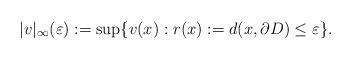
LaTeX: \begin{align*} |v| _{\infty}(\varepsilon ):=\sup\{v(x): r(x):=d(x,\partial D)\leq \varepsilon \}.\end{align*}